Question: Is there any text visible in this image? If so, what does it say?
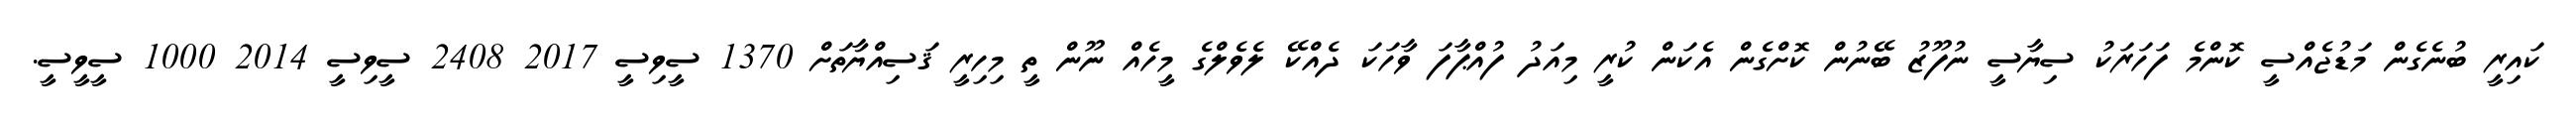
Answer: ކައިރީ ބުނެގެން މަޑުޖެއްސީ ކޮންމެ ފަހަރަކު ސިޔާސީ ނުފޫޒު ބޭނުން ކޮށްގެން އެކަން ކުރީ މިއަދު ފުއްޕާފަ ވާހަކަ ދެއްކޭ ލެވެލްގެ މީހެއް ނޫން ތީ މިހިރީ ޤަސިއްޔާތަށް 1370 ސީވިސީ 2017 2408 ސީވިސީ 2014 1000 ސީވީސީ.